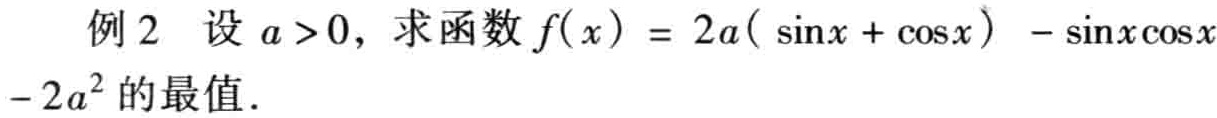
例2 设 \(a > 0\)，求函数 \(f(x)=2a(\sin x+\cos x)-\sin x\cos x - 2a^{2}\) 的最值．